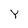
Character: Y